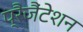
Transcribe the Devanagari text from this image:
प्रैजैंटेशन